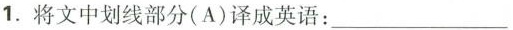
1.将文中划线部分(A)译成英语:___